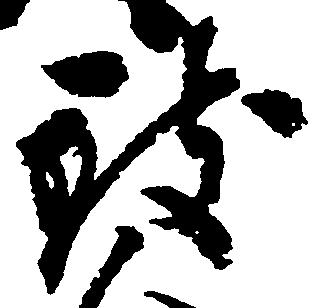
致